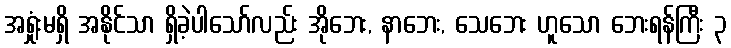
အရှုံးမရှိ အနိုင်သာ ရှိခဲ့ပါသော်လည်း အိုဘေး, နာဘေး, သေဘေး ဟူသော ဘေးရန်ကြီး ၃